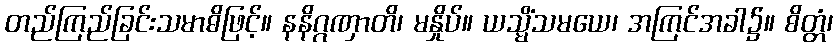
တည်ကြည်ခြင်းသမာဓိဖြင့်။ နနိဂ္ဂဏှာတိ၊ မနှိုပ်။ ယသ္မိံသမယေ၊ အကြင်အခါ၌။ စိတ္တံ၊